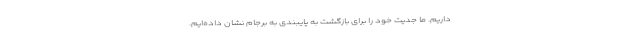
داریم‌. ما جدیت خود را برای بازگشت به پایبندی به برجام نشان داده‌ایم.